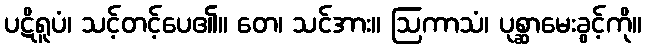
ပဋိရူပံ၊ သင့်တင့်ပေ၏။ တေ၊ သင်အား။ ဩကာသံ၊ ပုစ္ဆာမေးခွင့်ကို။